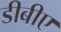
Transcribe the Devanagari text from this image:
डीबीए